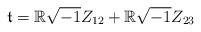
LaTeX: \begin{align*}\frak{t}=\mathbb{R}\sqrt{-1}Z_{12} +\mathbb{R} \sqrt{-1}Z_{23}\end{align*}